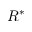
R ^ { * }